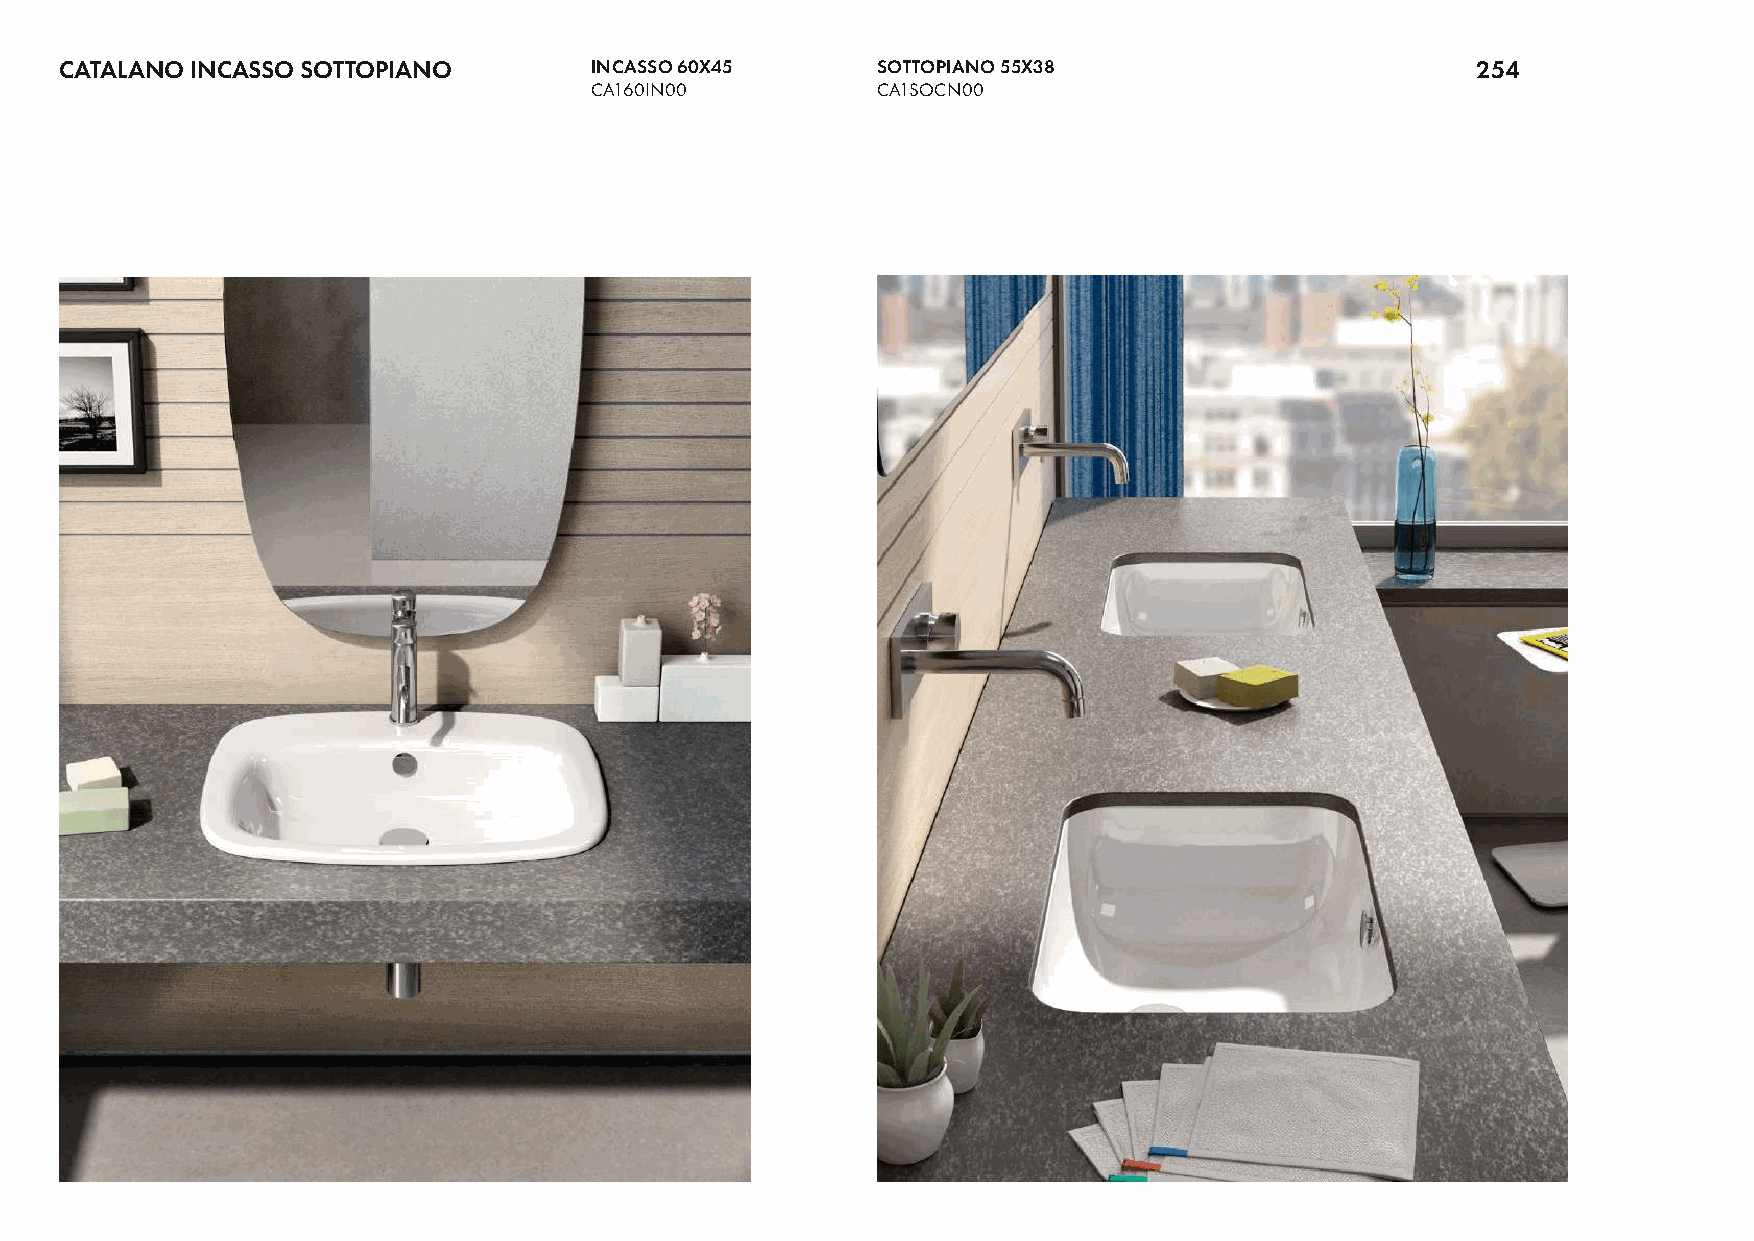
CATALANO INCASSO SOTTOPIANO        INCASSO 60X45      SOTTOPIANO 55X38                        254
 CA160IN00          CA1SOCN00